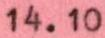
14.10